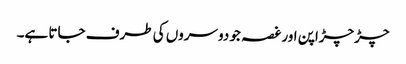
چڑچڑاپن اور غصہ جو دوسروں کی طرف جاتا ہے۔